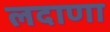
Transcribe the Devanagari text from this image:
लदाणा